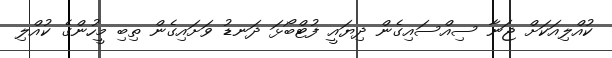
ކުއްލިއަކަށް ޖަނާ ސިއްސައިގެން ދިޔައީ ފުޓްބޯޅަ ދަނޑު ވަށައިގެން ތިބި މީހުންގެ ކުއްލި